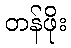
တန်ဖိုး